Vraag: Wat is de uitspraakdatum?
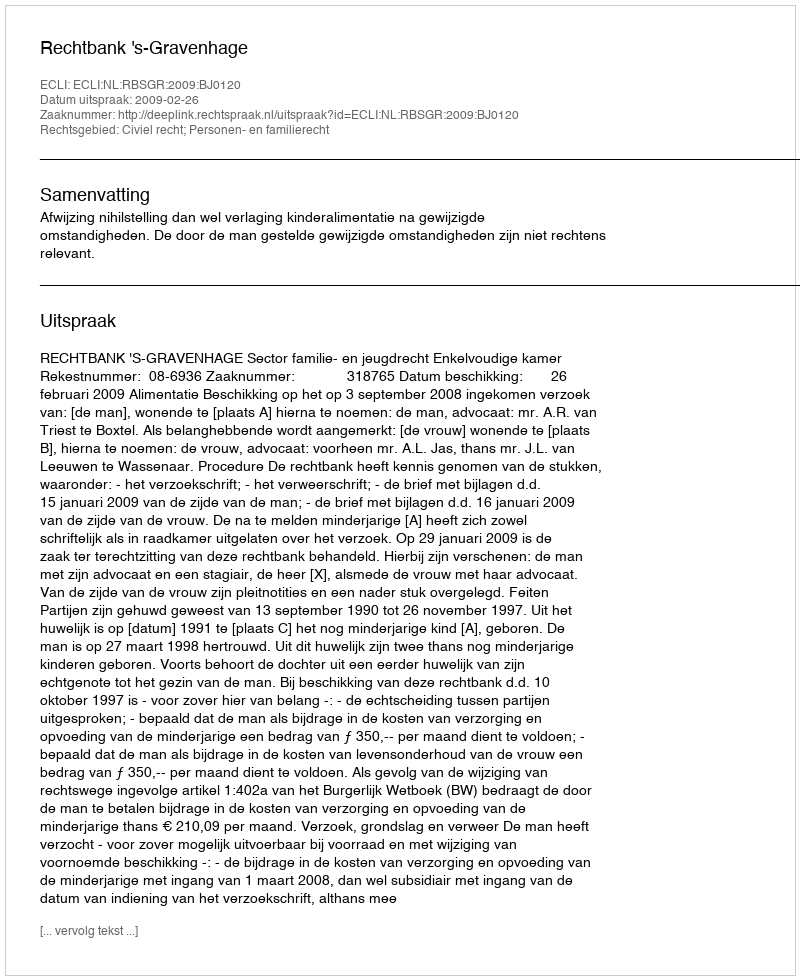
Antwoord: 2009-02-26